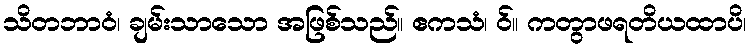
သိတဘာဝံ၊ ချမ်းသာသော အဖြစ်သည်။ ဧကသံ၊ ဝ်။ ကတွာဖရတိယထာပိ၊